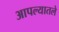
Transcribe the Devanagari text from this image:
आपल्यातले